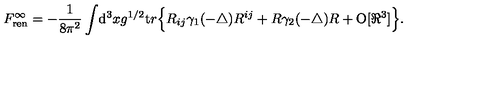
{ F } _ { \mathrm { r e n } } ^ { \infty } = - \frac 1 { 8 \pi ^ { 2 } } \int \! { \mathrm d } ^ { 3 } x { g } ^ { 1 / 2 } { \mathrm t r } \Big \{ R _ { i j } \gamma _ { 1 } ( - \triangle ) R ^ { i j } + R \gamma _ { 2 } ( - \triangle ) R + { \mathrm { O } } [ \Re ^ { 3 } ] \Big \} .